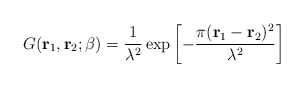
\begin{align*}G({\bf r}_1,{\bf r}_2; \beta) = \frac{1}{\lambda^2}\exp \left[ -\frac{\pi ({\bf r}_1-{\bf r}_2)^2}{\lambda^2} \right]\end{align*}